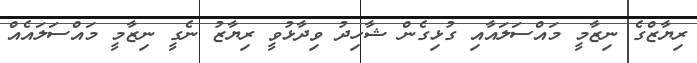
ރިޔާޒްގެ ނިޒާމީ މައްސަލައާއި ގުޅިގެން ޝާހިދު ވިދާޅުވީ ރިޔާޒު ނެގީ ނިޒާމީ މައްސަލައެއް